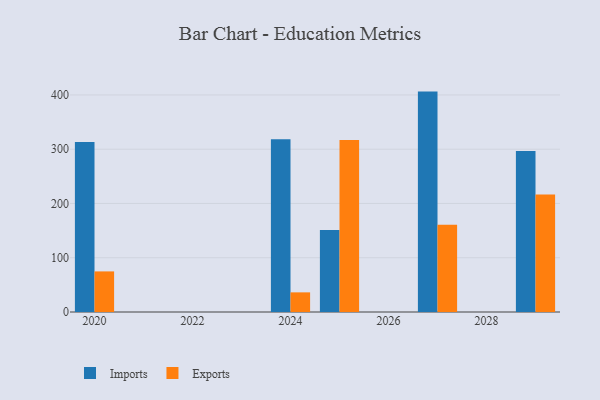
{"axis": {"x": "Year", "y": "Tickets Resolved"}, "legend": ["Exports", "Imports"], "data": [{"x": "2027", "y": 406.2, "type": "Imports"}, {"x": "2027", "y": 160.7, "type": "Exports"}, {"x": "2020", "y": 313.2, "type": "Imports"}, {"x": "2020", "y": 74.8, "type": "Exports"}, {"x": "2024", "y": 318.6, "type": "Imports"}, {"x": "2024", "y": 36.2, "type": "Exports"}, {"x": "2025", "y": 151.3, "type": "Imports"}, {"x": "2025", "y": 317.0, "type": "Exports"}, {"x": "2029", "y": 296.6, "type": "Imports"}, {"x": "2029", "y": 216.4, "type": "Exports"}]}